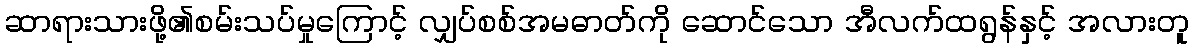
ဆာရားသားဖို့၏စမ်းသပ်မှုကြောင့် လျှပ်စစ်အမဓာတ်ကို ဆောင်သော အီလက်ထရွန်နှင့် အလားတူ